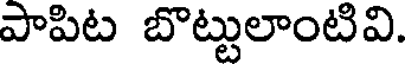
పాపిట బొట్టులాంటివి.